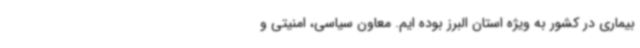
بیماری در کشور به ویژه استان البرز بوده ایم. معاون سیاسی، امنیتی و